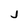
Character: J